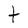
Character: t